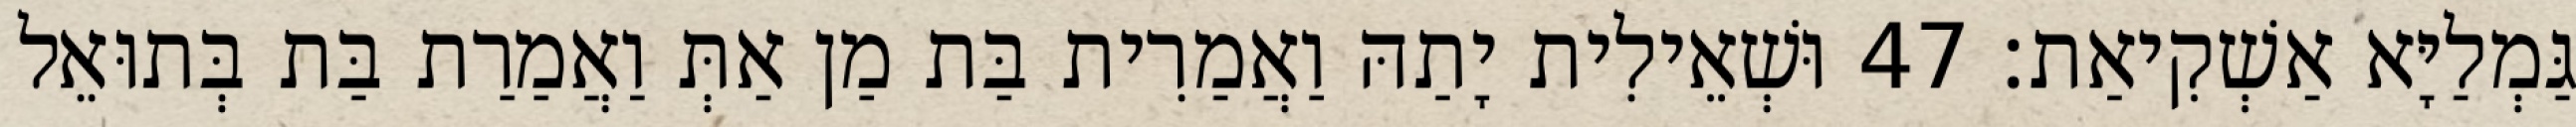
גַּמְלַיָּא אַשְׁקִיאַת׃ 47 וּשְׁאֵילִית יָתַהּ וַאֲמַרִית בַּת מַן אַתְּ וַאֲמַרַת בַּת בְּתוּאֵל